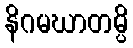
နိဂမဃာတမ္ပိ